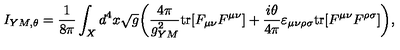
I _ { Y M , \theta } = { \frac { 1 } { 8 \pi } } \int _ { X } d ^ { 4 } x \sqrt { g } \bigg ( { \frac { 4 \pi } { g _ { Y M } ^ { 2 } } } \mathrm { t r } [ F _ { \mu \nu } F ^ { \mu \nu } ] + { \frac { i \theta } { 4 \pi } } \varepsilon _ { \mu \nu \rho \sigma } \mathrm { t r } [ F ^ { \mu \nu } F ^ { \rho \sigma } ] \bigg ) ,